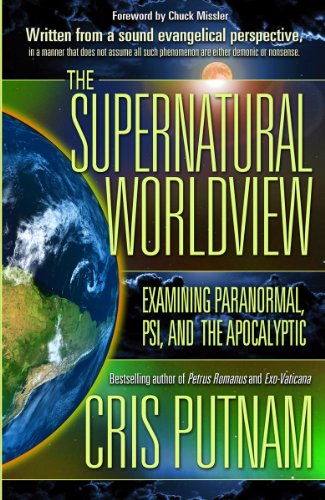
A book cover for The Supernatural Worldview: Examining Paranormal, Psi, and the Apocalyptic; Cris Putnam; Christian Books & Bibles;